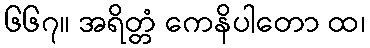
၆၆၇။ အရိတ္တံ ကေနိပါတော ထ၊